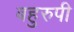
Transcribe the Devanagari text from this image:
बहुरुपी